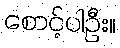
စောင့်ပါဦး။